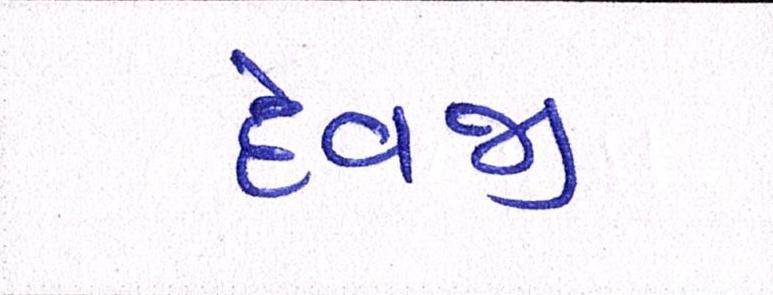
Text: દેવજી